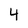
Character: 4